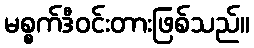
မစ္စက်ဒီဝင်းတားဖြစ်သည်။